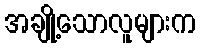
အချို့သောလူများက